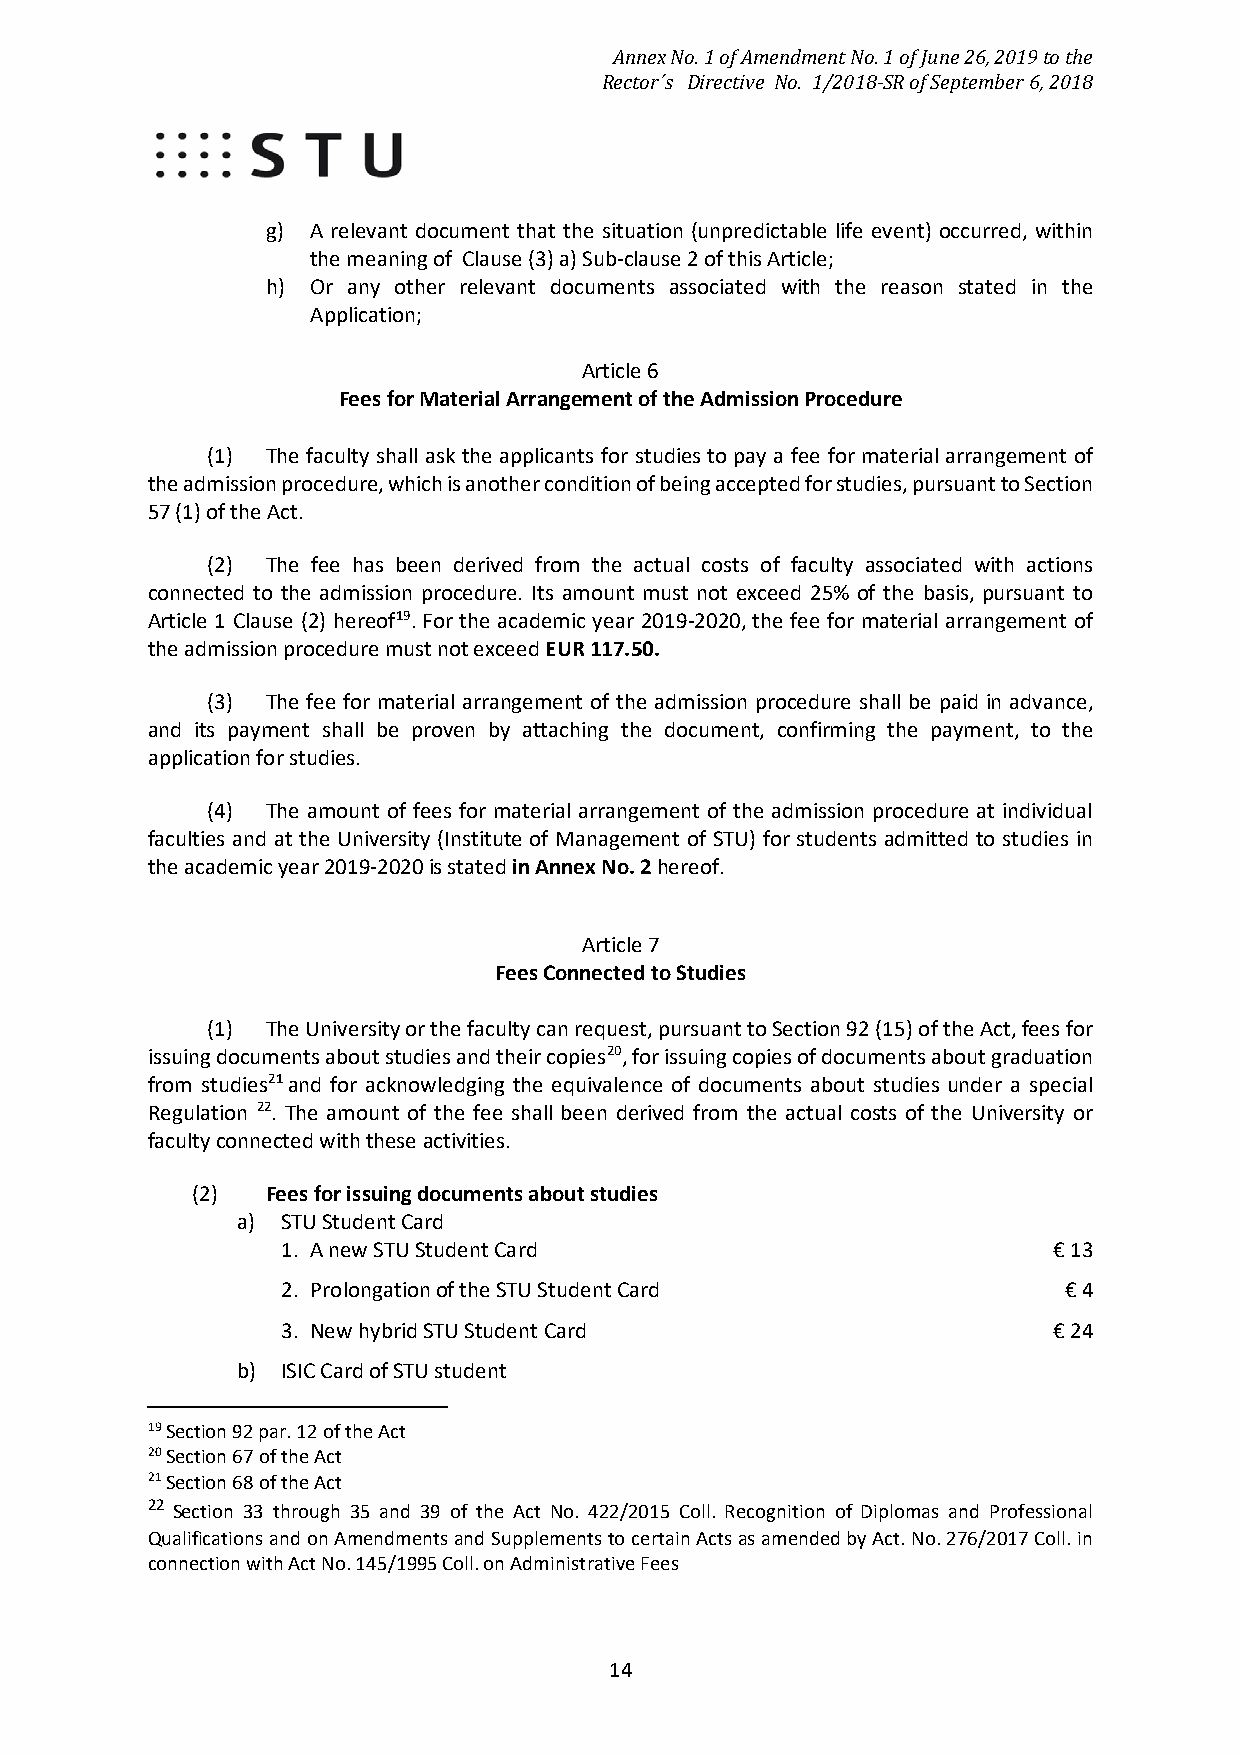
Annex No. 1 of Amendment No. 1 of June 26, 2019 to the
 Rector´s Directive No. 1/2018-SR of September 6, 2018
 g) A relevant document that the situation (unpredictable life event) occurred, within
 the meaning of Clause (3) a) Sub-clause 2 of this Article;
 h) Or any other relevant documents associated with the reason stated in the
 Application;
 Article 6
 Fees for Material Arrangement of the Admission Procedure
 (1) The faculty shall ask the applicants for studies to pay a fee for material arrangement of
 the admission procedure, which is another condition of being accepted for studies, pursuant to Section
 57 (1) of the Act.
 (2) The fee has been derived from the actual costs of faculty associated with actions
 connected to the admission procedure. Its amount must not exceed 25% of the basis, pursuant to
 Article 1 Clause (2) hereof19. For the academic year 2019-2020, the fee for material arrangement of
 the admission procedure must not exceed EUR 117.50.
 (3) The fee for material arrangement of the admission procedure shall be paid in advance,
 and its payment shall be proven by attaching the document, confirming the payment, to the
 application for studies.
 (4) The amount of fees for material arrangement of the admission procedure at individual
 faculties and at the University (Institute of Management of STU) for students admitted to studies in
 the academic year 2019-2020 is stated in Annex No. 2 hereof.
 Article 7
 Fees Connected to Studies
 (1) The University or the faculty can request, pursuant to Section 92 (15) of the Act, fees for
 issuing documents about studies and their copies20, for issuing copies of documents about graduation
 from studies21 and for acknowledging the equivalence of documents about studies under a special
 Regulation 22. The amount of the fee shall been derived from the actual costs of the University or
 faculty connected with these activities.
 (2)  Fees for issuing documents about studies
 a) STU Student Card
 1. A new STU Student Card                          € 13
 2. Prolongation of the STU Student Card            € 4
 3. New hybrid STU Student Card                     € 24
 b) ISIC Card of STU student
 19 Section 92 par. 12 of the Act
 2 0 S e c t i o n 6 7 o f t h e A c t
 21 Section 68 of the Act
 22 Section 33 through 35 and 39 of the Act No. 422/2015 Coll. Recognition of Diplomas and Professional
 Qualifications and on Amendments and Supplements to certain Acts as amended by Act. No. 276/2017 Coll. in
 connection with Act No. 145/1995 Coll. on Administrative Fees
 14